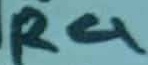
Text: R4